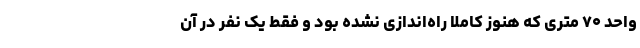
واحد ۷۰ متری که هنوز کاملا راه‌اندازی نشده بود و فقط یک نفر در آن